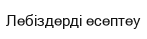
Лебіздерді есептеу